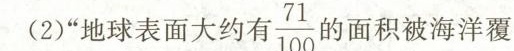
。(2)”地球表面大约有 $$\frac { 7 1 } { 1 0 0 }$$ 的 J面积被海洋覆